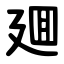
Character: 廽